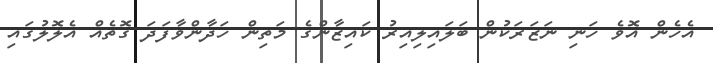
އެހެން އޮވެ ހަނި ނަޒަރަކުން ބަލައިލިއިރު ކައިޒާންގެ މަތިން ހަދާންވާފަދަ ގޮތެއް އެލޮލުގައި